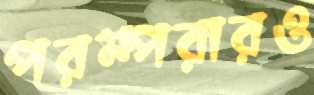
পরম্পরারও